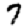
Digit: 7